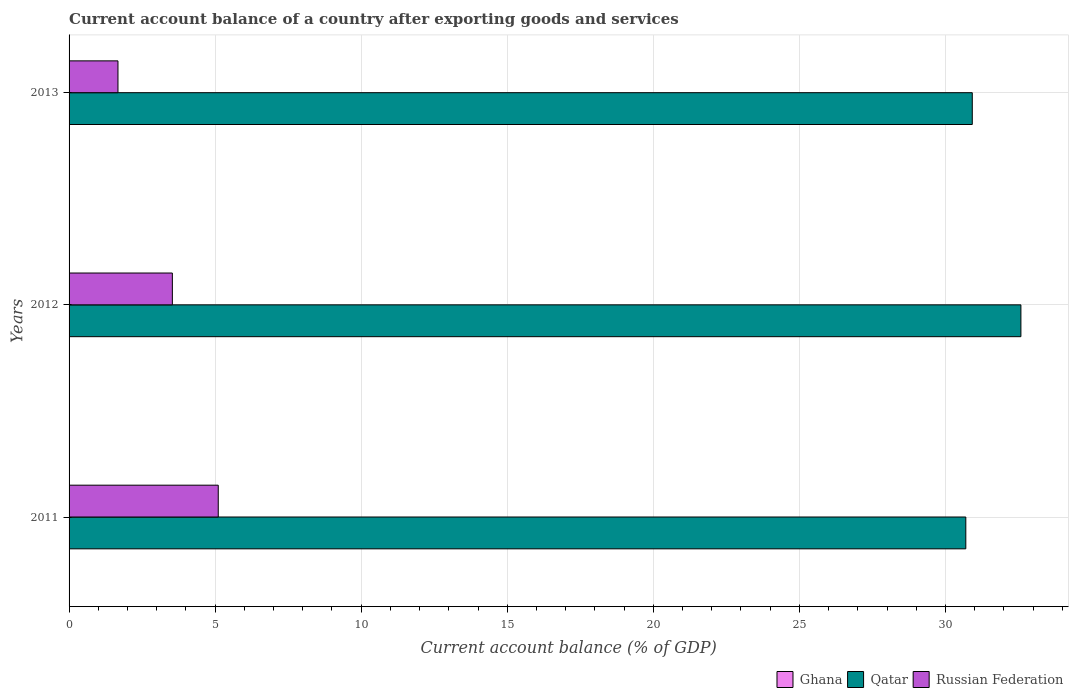
| Years | Ghana | Qatar | Russian Federation |
 | --- | --- | --- | --- |
 | 2011 | -8.86 | 30.7 | 5.11 |
 | 2012 | -11 | 32.6 | 3.54 |
 | 2013 | -11.9 | 30.9 | 1.67 |